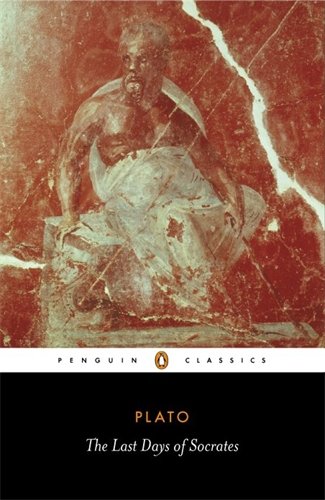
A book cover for The Last Days of Socrates (Penguin Classics); Plato; Politics & Social Sciences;